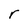
Character: r